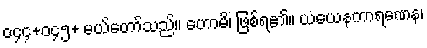
၀၄၄+၀၄၅+ မယ်တော်သည်။ ဟောမိ၊ ဖြစ်ရ၏။ ယံယေနကာရဏေန၊